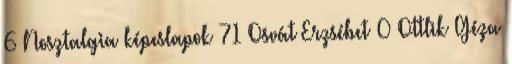
6 Nosztalgia képeslapok 71 Osvát Erzsébet 0 Ottlik Géza